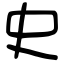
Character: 史